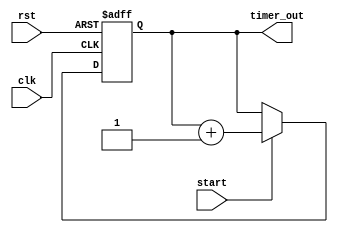
module real_time_clock(
    input wire clk,
    input wire rst,
    input wire start,
    output reg [31:0] timer_out
);

reg [31:0] timer_reg;

always @(posedge clk or posedge rst) begin
    if (rst) begin
        timer_reg <= 32'b0;
    end else begin
        if (start) begin
            timer_reg <= timer_reg + 1;
        end
    end
end

assign timer_out = timer_reg;

endmodule